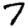
Digit: 7